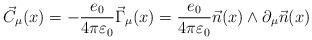
LaTeX: \begin{align*}\vec{C}_{\mu}(x)=-\frac{e_0}{4\pi \varepsilon_0} \vec{\Gamma}_{\mu}(x)=\frac{e_0}{4\pi \varepsilon_0} \vec{n}(x)\wedge\partial_{\mu}\vec{n}(x)\end{align*}